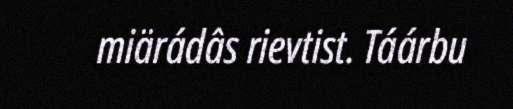
miärádâs rievtist. Táárbu